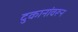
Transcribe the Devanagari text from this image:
दुकानांवरून